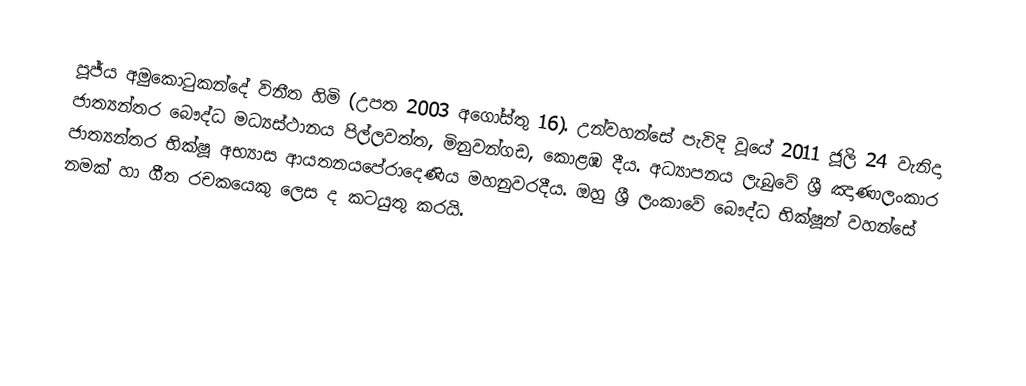
පූජ්ය අමුකොටුකන්දේ විනීත හිමි (උපත 2003 අගෝස්තු 16). උන්වහන්සේ පැවිදි වූයේ 2011 ජූලි 24 වැනිදා ජාත්‍යන්තර බෞද්ධ මධ්‍යස්ථානය පිල්ලවත්ත, මිනුවන්ගඩ, කොළඹ දීය. අධ්‍යාපනය ලැබුවේ ශ්‍රී ඤාණාලංකාර ජාත්‍යන්තර භික්ෂූ අභ්‍යාස ආයතනයපේරාදෙණිය මහනුවරදීය. ඔහු ශ්‍රී ලංකාවේ බෞද්ධ භික්ෂූන් වහන්සේ නමක් හා ගීත රචකයෙකු ලෙස ද කටයුතු කරයි.